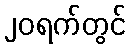
၂၀ရက်တွင်